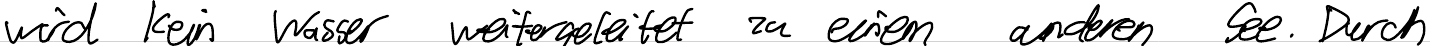
wird kein Wasser weitergeleitet zu einem anderen See. Durch